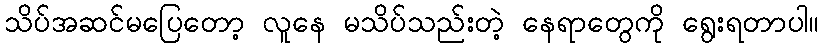
သိပ်အဆင်မပြေတော့ လူနေ မသိပ်သည်းတဲ့ နေရာတွေကို ရွေးရတာပါ။